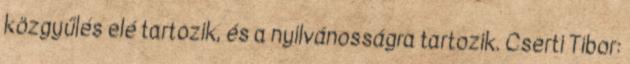
közgyűlés elé tartozik, és a nyilvánosságra tartozik. Cserti Tibor: